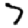
Digit: 7